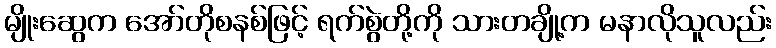
မျိုးဆွေက အော်တိုစနစ်ဖြင့် ရက်စွဲတို့ကို သားတချို့က မနာလိုသူလည်း